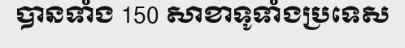
បានទាំង 150 សាខាទូទាំងប្រទេស